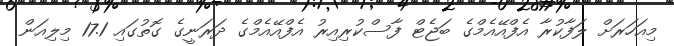
މިއަހަރަށް ލަފާކުރާ އެފްއޭއެމްގެ ބަޖެޓް ފާސްކުރިއިރު އެފްއޭއެމްގެ ދަރަނީގެ ގޮތުގައި 17.1 މިލިއަން